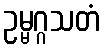
ဥမ္မဂ္ဂသတံ